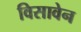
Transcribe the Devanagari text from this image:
विसावेन